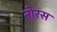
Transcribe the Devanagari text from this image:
नोरस